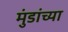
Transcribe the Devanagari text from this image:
मुंडांच्या